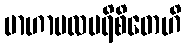
ဗာဟာဗလပရိစိတေဟိ